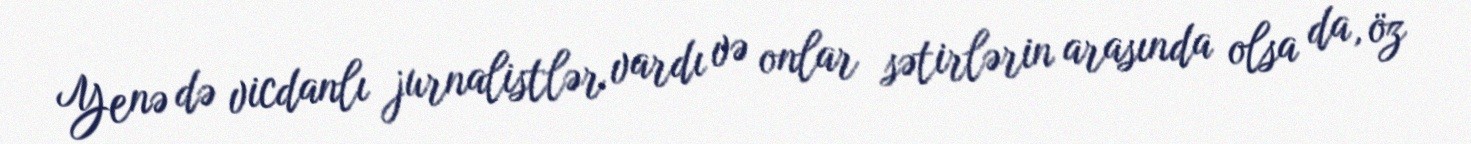
Yenə də vicdanlı jurnalistlər vardı və onlar sətirlərin arasında olsa da, öz